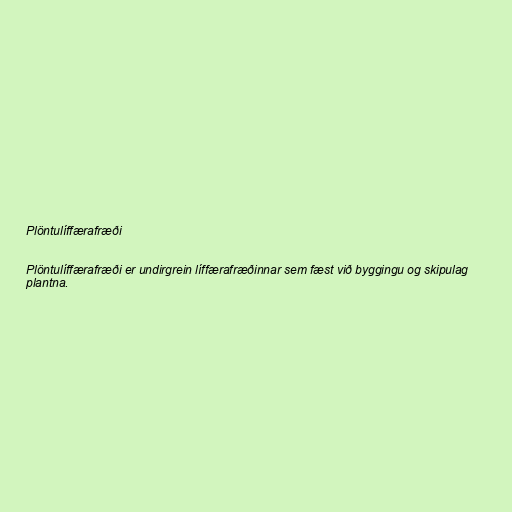
Plöntulíffærafræði

Plöntulíffærafræði er undirgrein líffærafræðinnar sem fæst við byggingu og skipulag
plantna.